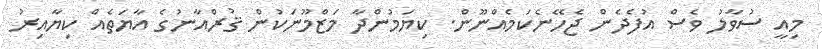
މިއީ ސުވާލު ވެސް އުފެދެން ޖެހޭނެކަމެއްނޫން. ކިޔަމުންދާ މަޒްމޫނަކުން ޤުރްއާނުގެ އާޔަތެއް ކިޔާއިރު